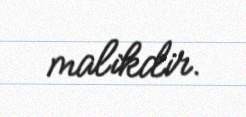
malikdir.